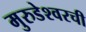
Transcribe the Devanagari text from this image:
मुरुडेश्वरची